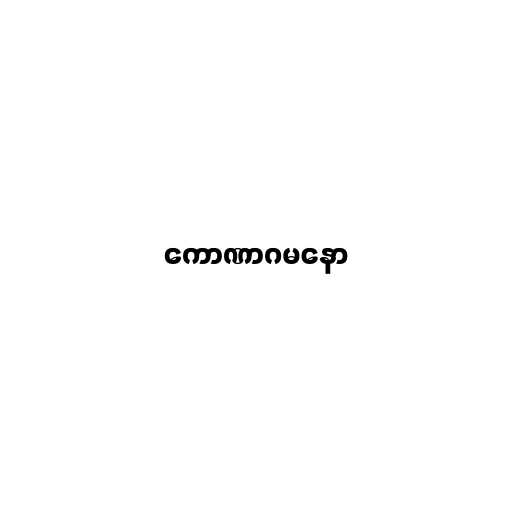
ကောဏာဂမနော